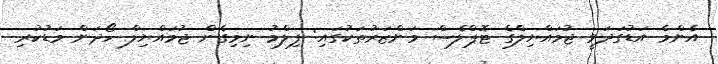
އެންމެ އަޑުގަދަވީ ޖުމައްޔިލްގެ ޓޮޕްލެސް މަންޒަރުތަކުގައި: ފިލްމު ނިމިގެން ޖުމައްޔިލް ހޯދަން މަޑުކުރި